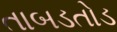
તાબડતોડ